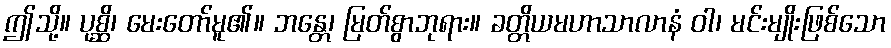
ဤသို့။ ပုစ္ဆိ၊ မေးတော်မူ၏။ ဘန္တေ၊ မြတ်စွာဘုရား။ ခတ္တိယမဟာသာလာနံ ဝါ၊ မင်းမျိုးဖြစ်သော